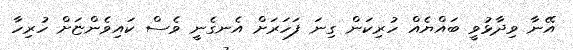
އޭނާ ވިދާޅުވީ ބައްޔެއް ހުރިކަން ގިނަ ފަހަރަށް އެނގެނީ ވެސް ކައިވެންޏަށް ހުރިހާ